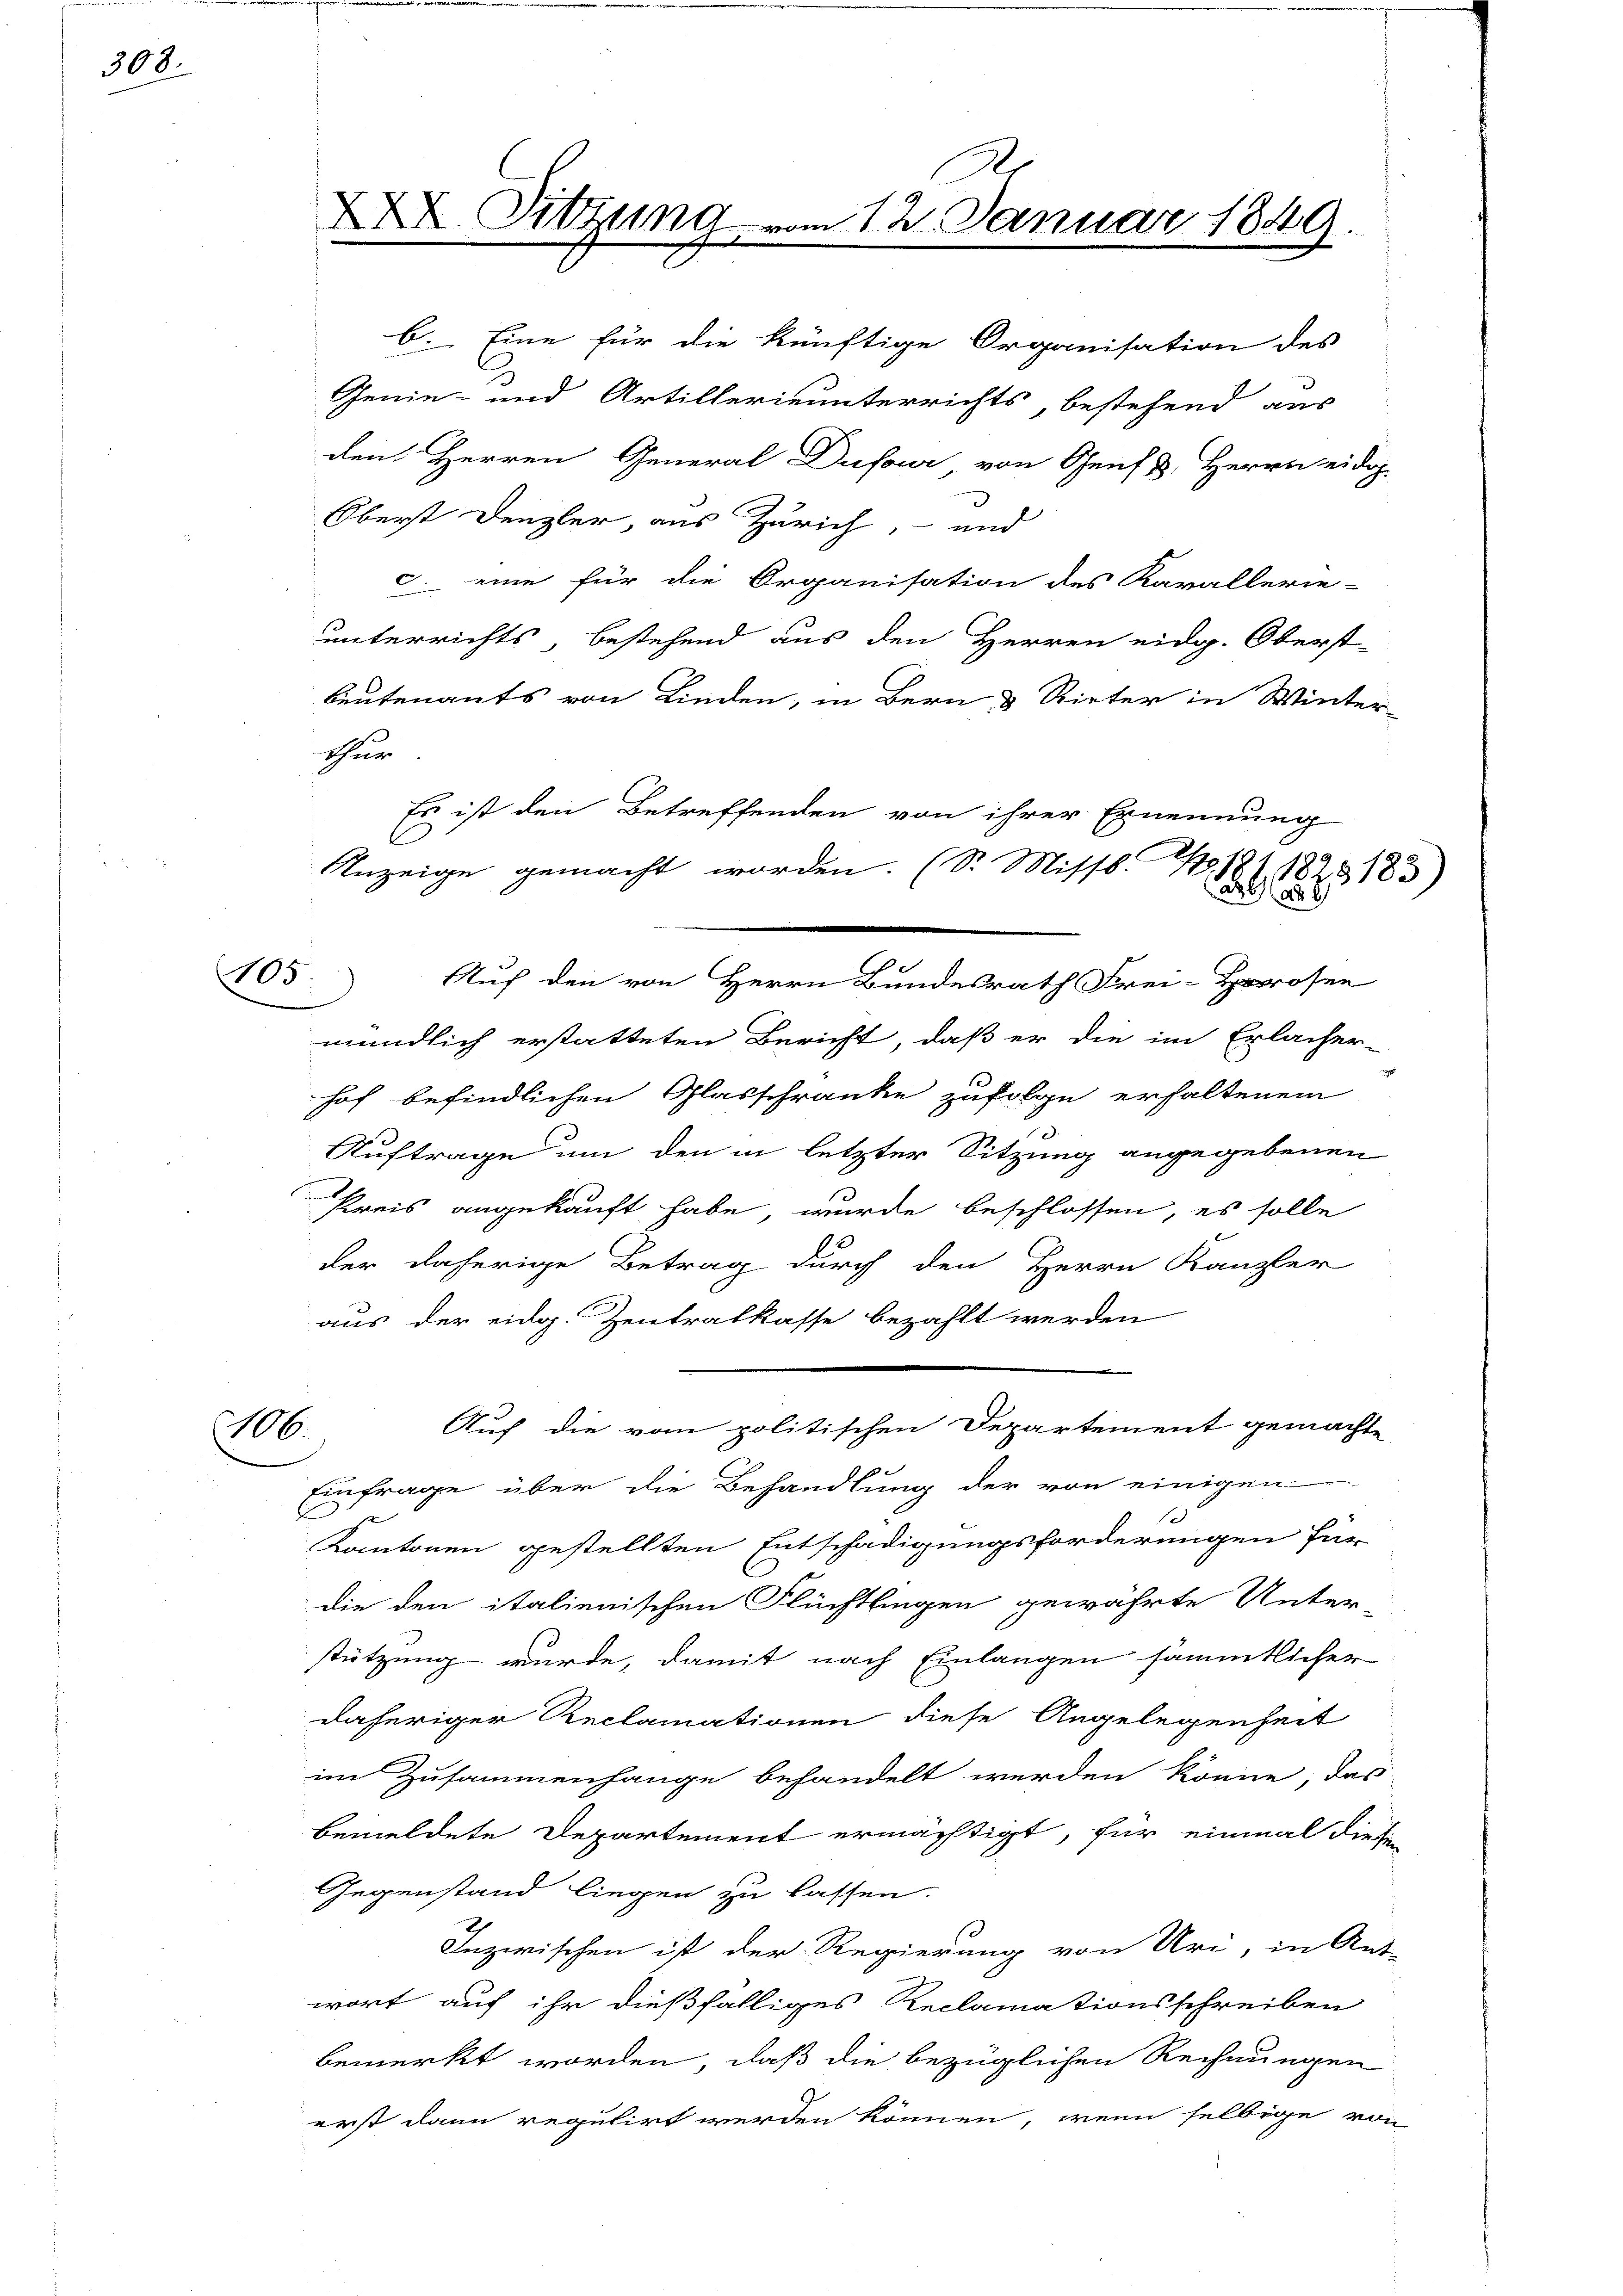
308.

b. Eine für die künftige Organisation des
Genie- und Artillerie unterrichts, bestehend aus
den Herren General Dufour von Genf Herrn eidg
Oberst Denzler, aus Zürich, - und
c. eine für die Organisation des Kavallerie-
unterrichts, bestehend aus den Herren eidg. Oberst
beutenants von Linden, in Bern & Rieter in Winter
theur
mündlich erstatteten Bericht, daß er die im Erlacher-
hof befindlichen Glasschränke zufolge erhaltenem
Auftrage um den in letzter Sitzung angegebenen
Preis angekauft habe, wurde beschlossen, es solle
der daherige Betrag durch den Herrn Kanzler
aus der eidg. Zentralkasse bezahlt werden
Auf die vom politischen Departement gemachte
M
Einfrage über die Behandlung der von einigen
Kantonen gestellten Entschädigungsforderungen für
die den italienischen Flüchtlingen gewährte Unter-
stützung wurde, damit nach Einlangen sämmtlicher
daheriger Reclamationen diese Angelegenheit
im Zusammenhange behandelt werden könne, das
bemeldete Departement ermächtigt, für einmal diesen
Gegenstand liegen zu lassen.
Inzwischen ist der Regierung von Uri, in Ant-
wort auf ihr dießfälliges Reclamationsschreiben
bemerkt worden, daß die bezüglichen Rechnungen
erst dann regulirt werden können, wenn selbige von

C

XX. Sitzung vom 12. Januar 1849.

Es ist den Betreffenden von ihrer Ernennung
Anzeige gemacht worden. (S. Misss. E
a ad 2
105. Auf den von Herrn Bundesrath Frei-Hrosen

1211825183)